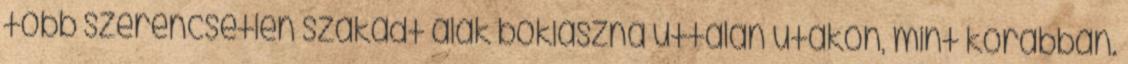
több szerencsétlen szakadt alak bóklászna úttalan utakon, mint korábban.